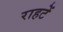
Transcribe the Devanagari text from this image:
राहटें